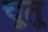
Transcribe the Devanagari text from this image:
चूतू